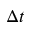
\Delta t